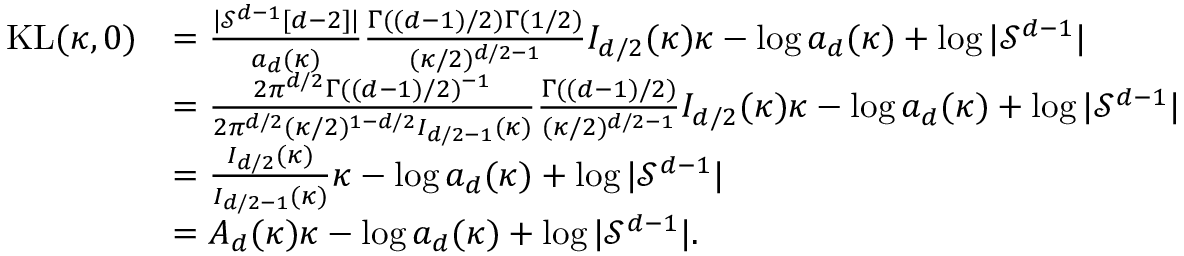
\begin{array} { r l } { \mathrm { K L } ( \kappa , 0 ) } & { = \frac { | \mathcal { S } ^ { d - 1 } [ d - 2 ] | } { a _ { d } ( \kappa ) } \frac { \Gamma ( ( d - 1 ) / 2 ) \Gamma ( 1 / 2 ) } { ( \kappa / 2 ) ^ { d / 2 - 1 } } I _ { d / 2 } ( \kappa ) \kappa - \log a _ { d } ( \kappa ) + \log | \mathcal { S } ^ { d - 1 } | } \\ & { = \frac { 2 \pi ^ { d / 2 } \Gamma ( ( d - 1 ) / 2 ) ^ { - 1 } } { 2 \pi ^ { d / 2 } ( \kappa / 2 ) ^ { 1 - d / 2 } I _ { d / 2 - 1 } ( \kappa ) } \frac { \Gamma ( ( d - 1 ) / 2 ) } { ( \kappa / 2 ) ^ { d / 2 - 1 } } I _ { d / 2 } ( \kappa ) \kappa - \log a _ { d } ( \kappa ) + \log | \mathcal { S } ^ { d - 1 } | } \\ & { = \frac { I _ { d / 2 } ( \kappa ) } { I _ { d / 2 - 1 } ( \kappa ) } \kappa - \log a _ { d } ( \kappa ) + \log | \mathcal { S } ^ { d - 1 } | } \\ & { = A _ { d } ( \kappa ) \kappa - \log a _ { d } ( \kappa ) + \log | \mathcal { S } ^ { d - 1 } | . } \end{array}